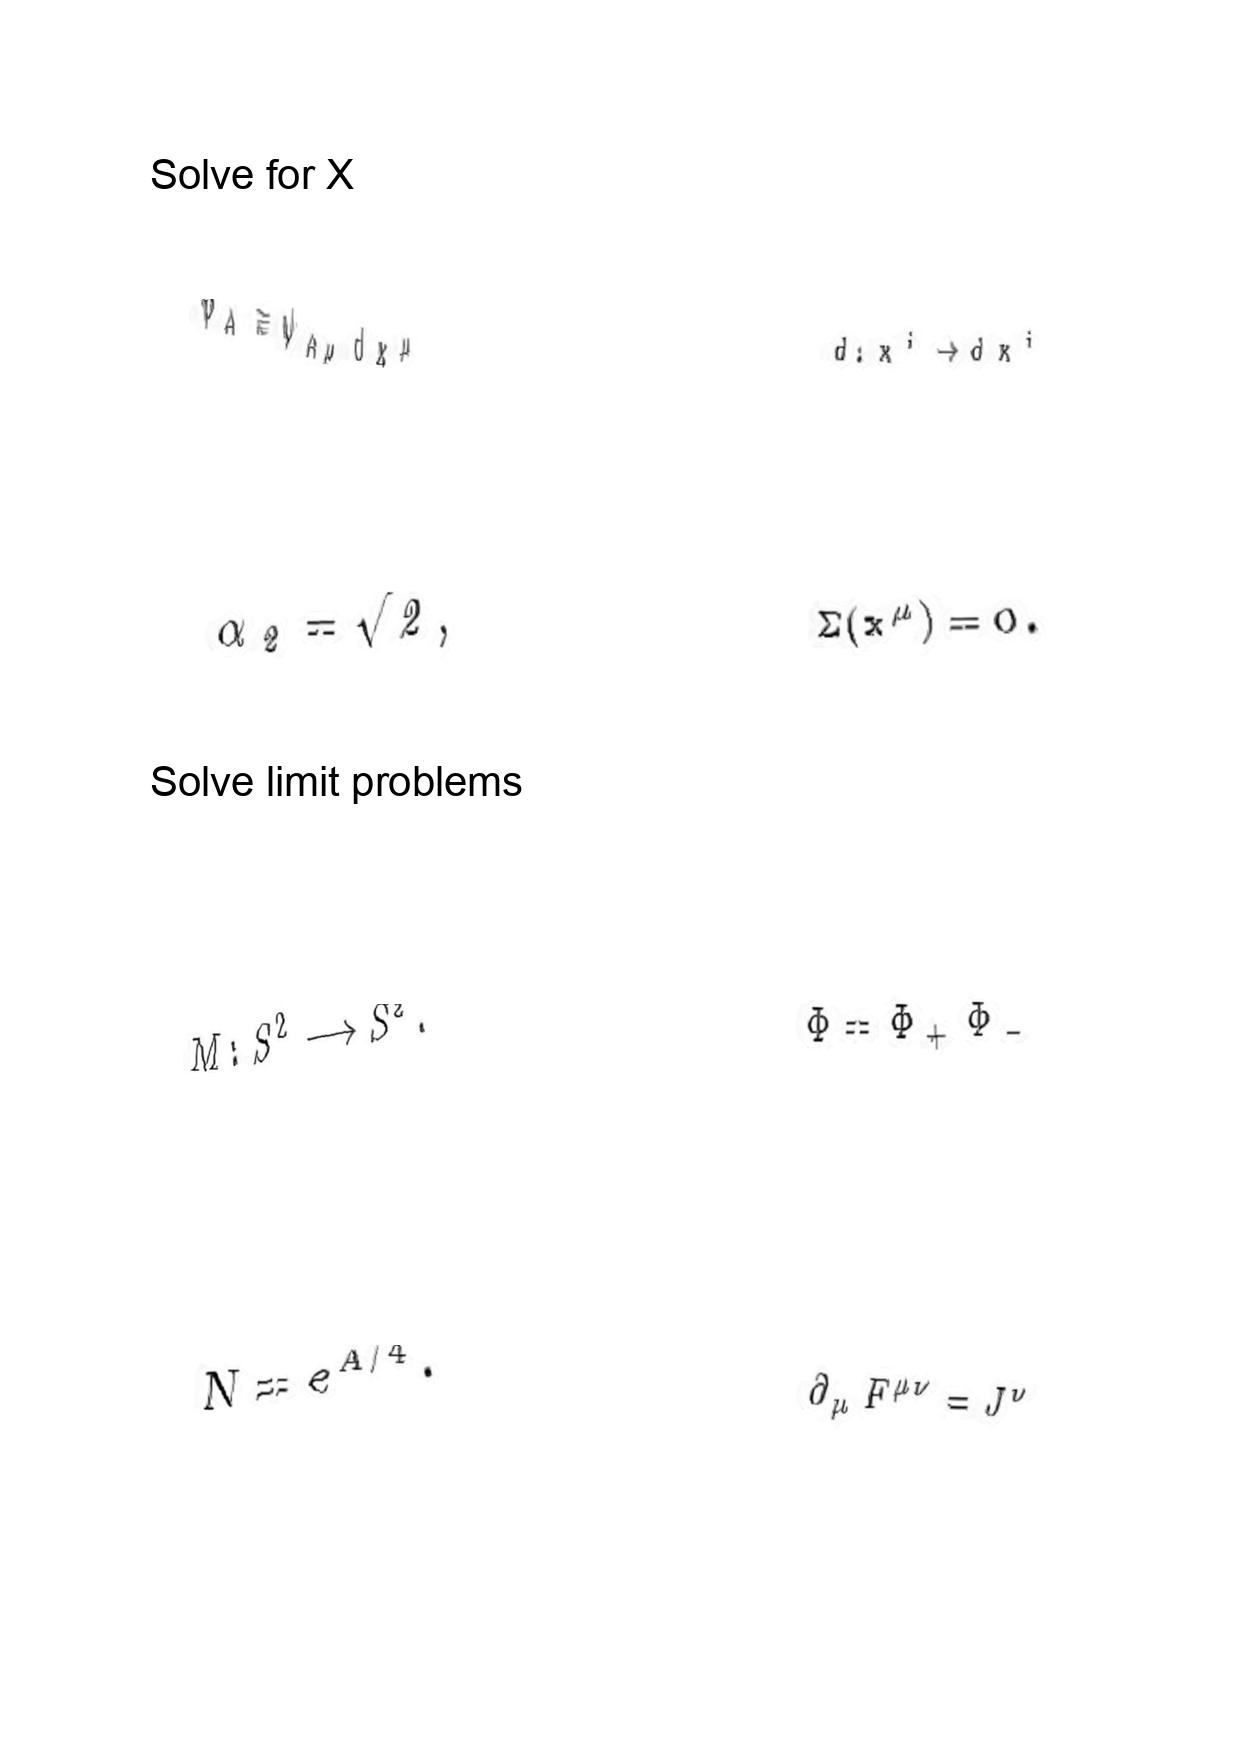
LaTeX transcription:
\psi _ { A } \equiv \psi _ { A \mu } d x ^ { \mu }
\alpha _ { 2 } = \sqrt { 2 } ,
M : S ^ { 2 } \longrightarrow S ^ { 2 } .
N = e ^ { A / 4 } .
d : x ^ { i } \rightarrow d x ^ { i }
\Sigma \lparen x ^ { \mu } \rparen = 0 .
\Phi = \Phi _ { + } \Phi _ { - }
\partial _ { \mu } F ^ { \mu \nu } = J ^ { \nu }